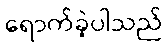
ရောက်ခဲ့ပါသည်